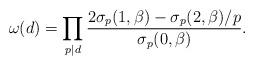
LaTeX: \begin{align*}\omega(d)=\prod_{p|d} \frac{2\sigma_p(1,\beta)-\sigma_p(2,\beta)/p}{\sigma_p(0,\beta)}.\end{align*}